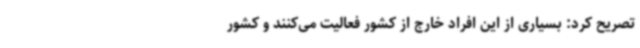
تصریح کرد: بسیاری از این افراد خارج از کشور فعالیت می‌کنند و کشور